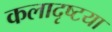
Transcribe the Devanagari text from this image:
कलादृष्टया